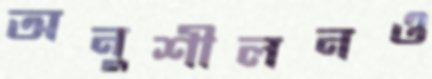
অনুশীলনও